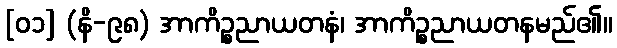
[၀၁] (နိ-၉၈) အာကိဉ္စညာယတနံ၊ အာကိဉ္စညာယတနမည်၏။